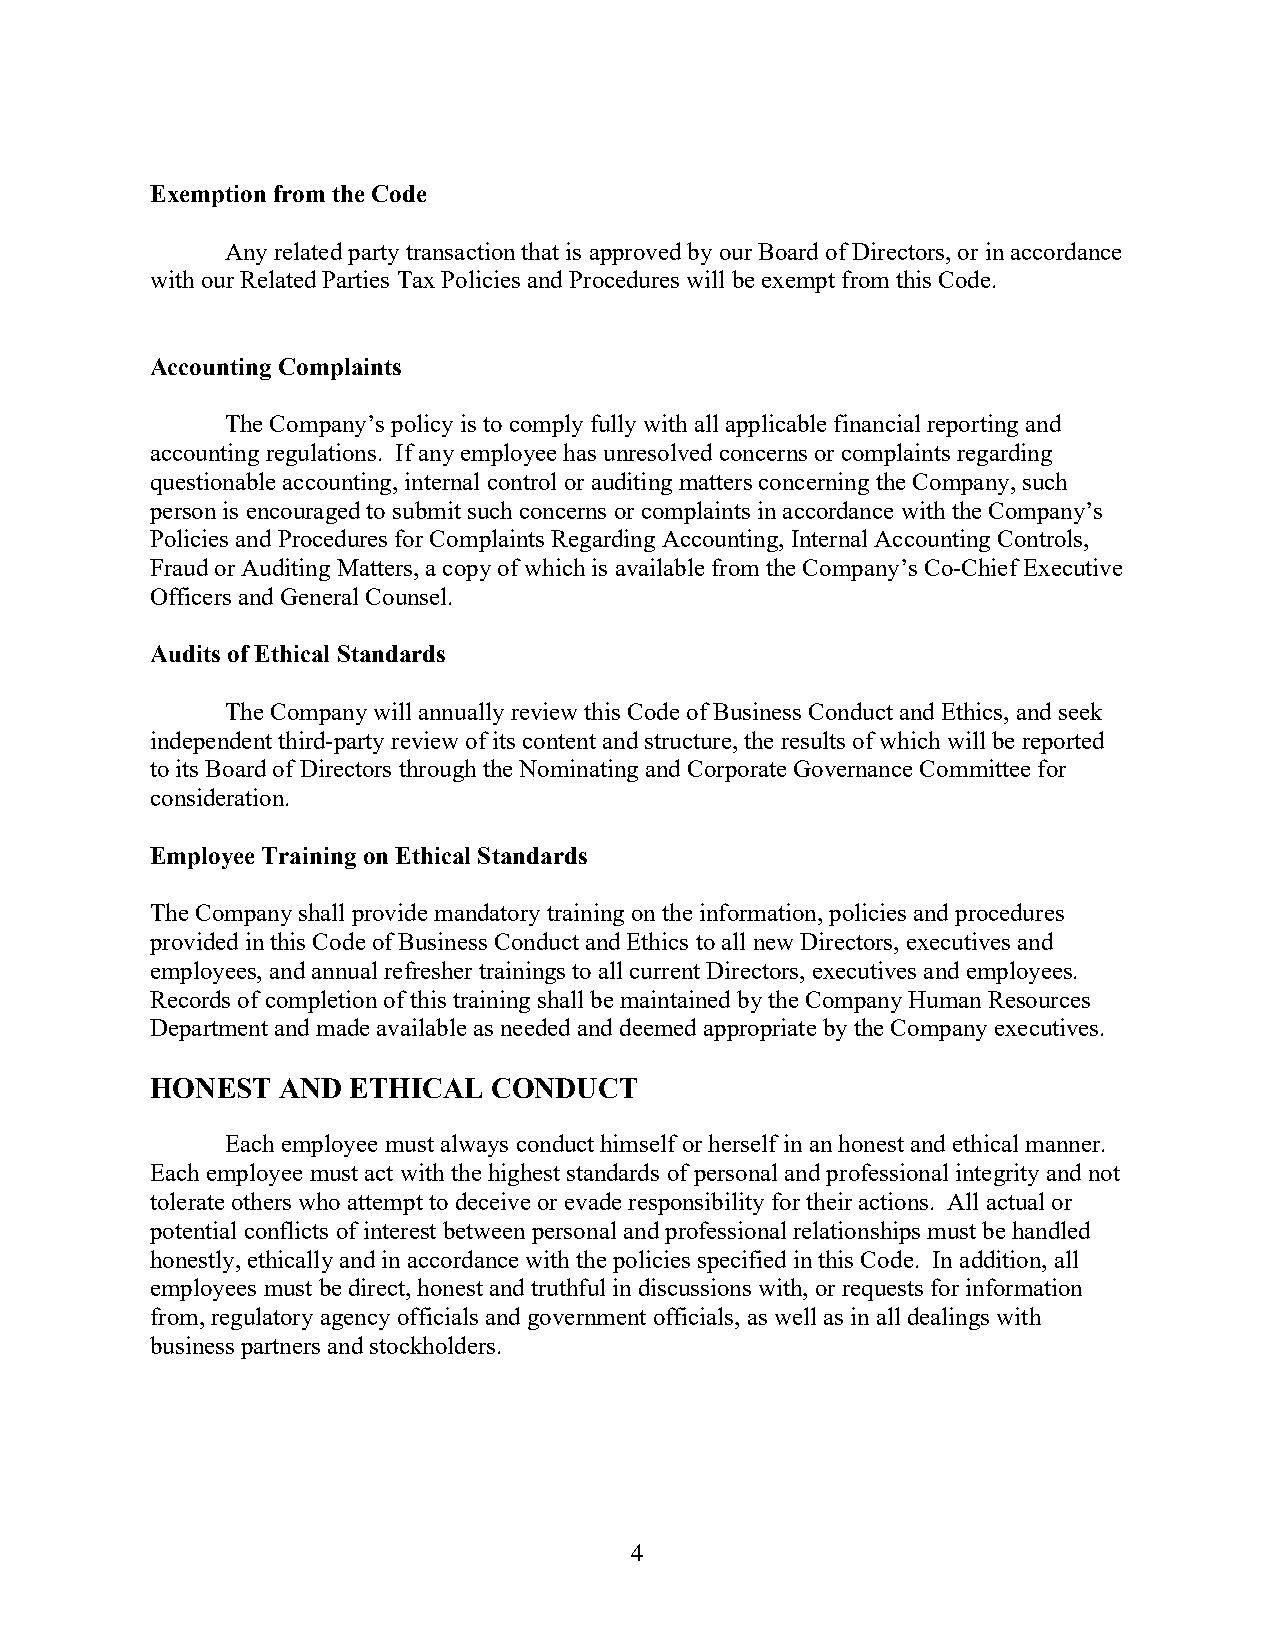
Exemption from the Code
 Any related party transaction that is approved by our Board of Directors, or in accordance
 with our Related Parties Tax Policies and Procedures will be exempt from this Code.
 Accounting Complaints
 The Company’s policy is to comply fully with all applicable financial reporting and
 accounting regulations. If any employee has unresolved concerns or complaints regarding
 questionable accounting, internal control or auditing matters concerning the Company, such
 person is encouraged to submit such concerns or complaints in accordance with the Company’s
 Policies and Procedures for Complaints Regarding Accounting, Internal Accounting Controls,
 Fraud or Auditing Matters, a copy of which is available from the Company’s Co-Chief Executive
 Officers and General Counsel.
 Audits of Ethical Standards
 The Company will annually review this Code of Business Conduct and Ethics, and seek
 independent third-party review of its content and structure, the results of which will be reported
 to its Board of Directors through the Nominating and Corporate Governance Committee for
 consideration.
 Employee Training on Ethical Standards
 The Company shall provide mandatory training on the information, policies and procedures
 provided in this Code of Business Conduct and Ethics to all new Directors, executives and
 employees, and annual refresher trainings to all current Directors, executives and employees.
 Records of completion of this training shall be maintained by the Company Human Resources
 Department and made available as needed and deemed appropriate by the Company executives.
 HONEST  AND  ETHICAL  CONDUCT
 Each employee must always conduct himself or herself in an honest and ethical manner.
 Each employee must act with the highest standards of personal and professional integrity and not
 tolerate others who attempt to deceive or evade responsibility for their actions. All actual or
 potential conflicts of interest between personal and professional relationships must be handled
 honestly, ethically and in accordance with the policies specified in this Code. In addition, all
 employees must be direct, honest and truthful in discussions with, or requests for information
 from, regulatory agency officials and government officials, as well as in all dealings with
 business partners and stockholders.
 4